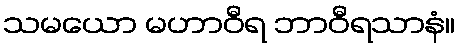
သမယော မဟာဝီရ ဘာဝီရသာနံ။